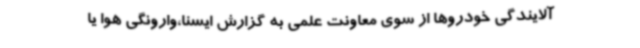
آلایندگی خودروها از سوی معاونت علمی به گزارش ایسنا،وارونگی هوا یا